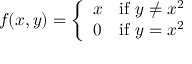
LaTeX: f ( x , y ) = { \left\{ \begin{array} { l l } { x } & { { \mathrm { i f ~ } } y \neq x ^ { 2 } } \\ { 0 } & { { \mathrm { i f ~ } } y = x ^ { 2 } } \end{array} \right. }